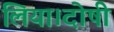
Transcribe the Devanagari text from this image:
लिया।दोषी